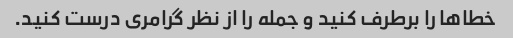
خطاها را برطرف کنید و جمله را از نظر گرامری درست کنید.